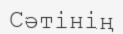
Сәтінің